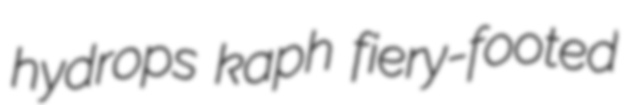
hydrops kaph fiery-footed